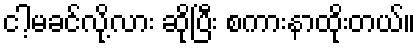
ငါ့မခင်လို့လား ဆိုပြီး စကားနာထိုးတယ်။